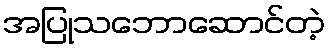
အပြုသဘောဆောင်တဲ့